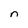
Character: n